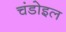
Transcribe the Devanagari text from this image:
चंडोइल